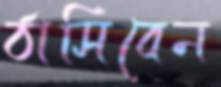
ঠাসিবেন